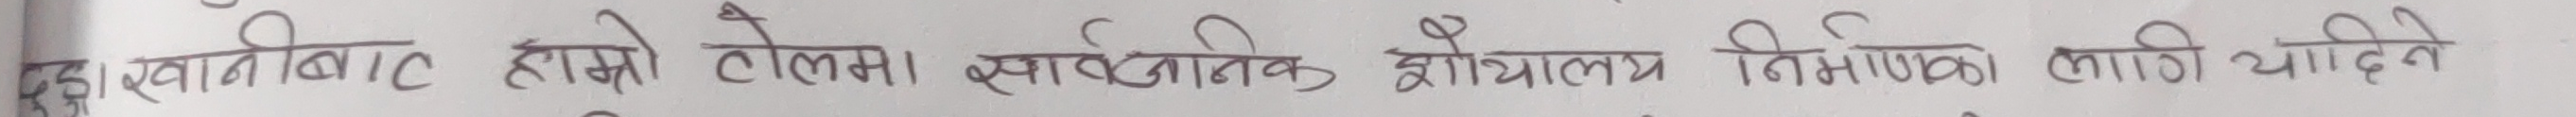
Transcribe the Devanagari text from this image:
८. स्थानबाट हाम्रो टोलमा सार्वजनिक श्रोतालय निर्माणका लागी मागिदे